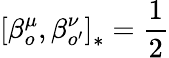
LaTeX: \left[\beta_{o}^{\mu},\beta_{o^{\prime}}^{\nu}\right]_{\ast}=\frac{1}{2}